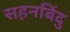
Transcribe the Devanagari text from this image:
सहनबिंदु